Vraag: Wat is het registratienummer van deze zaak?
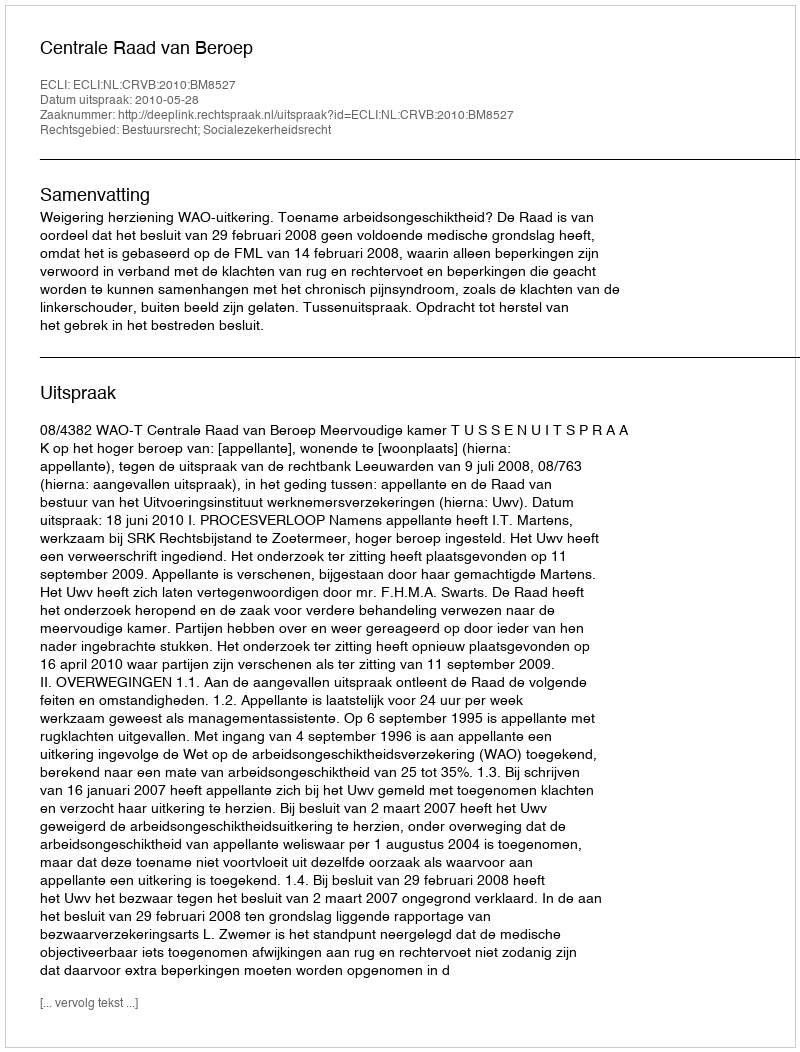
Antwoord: http://deeplink.rechtspraak.nl/uitspraak?id=ECLI:NL:CRVB:2010:BM8527